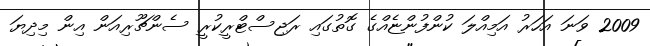
2009 ވަނަ އަހަރު އަމިއްލަ ކުންފުންޏެއްގެ ގޮތުގައި ރަޖިސްޓްރީކުރީ ސެންޗޫރިއަން އިން މިދިޔަ